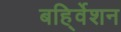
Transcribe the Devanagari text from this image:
बहि्र्वेशन